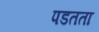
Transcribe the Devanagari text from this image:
पडतता